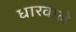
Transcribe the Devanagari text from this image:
धारवाले